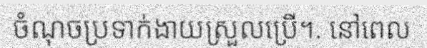
ចំណុចប្រទាក់ងាយស្រួលប្រើ។. នៅពេល